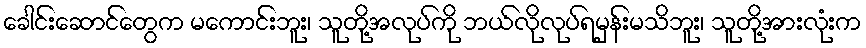
ခေါင်းဆောင်တွေက မကောင်းဘူး၊ သူတို့အလုပ်ကို ဘယ်လိုလုပ်ရမှန်းမသိဘူး၊ သူတို့အားလုံးက